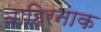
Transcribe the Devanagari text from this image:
बाहिरनाक